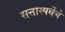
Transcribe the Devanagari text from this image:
सत्तास्पर्धेचे